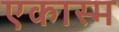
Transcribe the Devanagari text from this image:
एकास्म